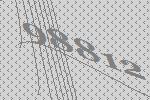
98812